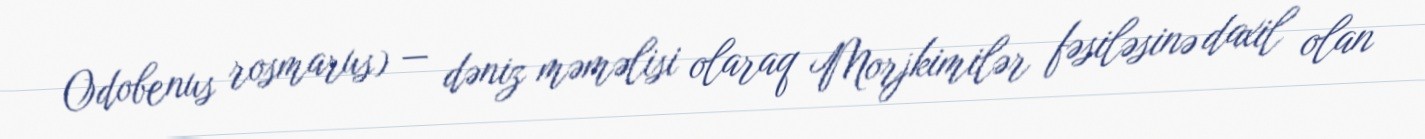
Odobenus rosmarus) — dəniz məməlisi olaraq Morjkimilər fəsiləsinə daxil olan